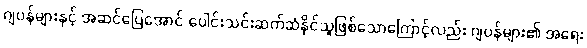
ဂျပန်များနှင့် အဆင်ပြေအောင် ပေါင်းသင်းဆက်ဆံနိုင်သူဖြစ်သောကြောင့်လည်း ဂျပန်များ၏ အရေး